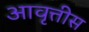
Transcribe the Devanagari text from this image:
आवृत्तीस